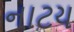
નાટય